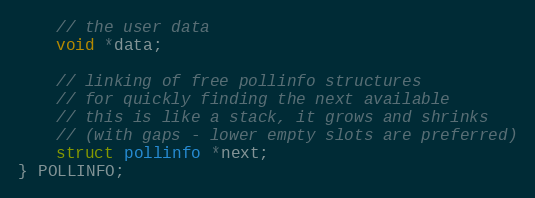
Language: C
    // the user data
    void *data;

    // linking of free pollinfo structures
    // for quickly finding the next available
    // this is like a stack, it grows and shrinks
    // (with gaps - lower empty slots are preferred)
    struct pollinfo *next;
} POLLINFO;